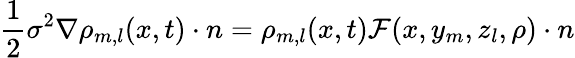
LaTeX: \frac{1}{2}\sigma^{2}\nabla\rho_{m,l}(x,t)\cdot n=\rho_{m,l}(x,t)\mathcal F(x,y_{m},z_{l},\rho)\cdot n